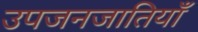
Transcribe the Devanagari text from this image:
उपजनजातियाँ